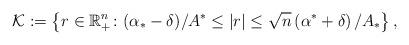
LaTeX: \begin{align*}\mathcal{K} := \left\{ r \in \mathbb{R}_{+}^{n} \colon (\alpha_{\ast} - \delta) / A^{\ast} \le \left| r \right| \le \sqrt{n} \left( \alpha^{\ast} + \delta \right) / A_{\ast} \right\},\end{align*}